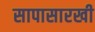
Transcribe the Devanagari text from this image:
सापासारखी